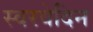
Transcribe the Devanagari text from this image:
स्वरवेदिन